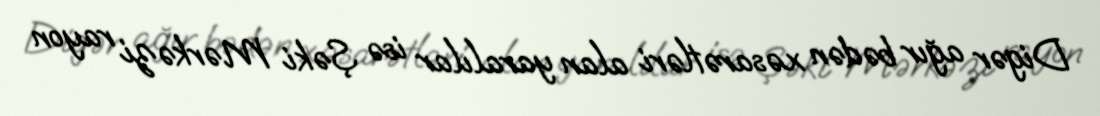
Digər ağır bədən xəsarətləri alan yaralılar isə Şəki Mərkəzi rayon